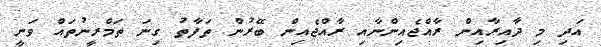
އަދި މި ދާއިރާއިން ރާއްޖެއިންނާއި ރާއްޖެއިން ބޭރުން ތަފާތު ގިނަ ތަމްރީނުތައް ވަނީ